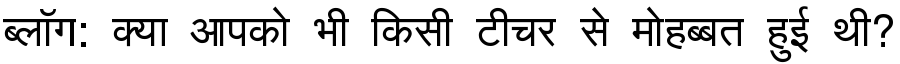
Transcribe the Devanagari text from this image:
ब्लॉग: क्या आपको भी किसी टीचर से मोहब्बत हुई थी?